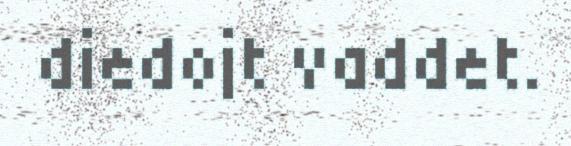
diedojt vaddet.